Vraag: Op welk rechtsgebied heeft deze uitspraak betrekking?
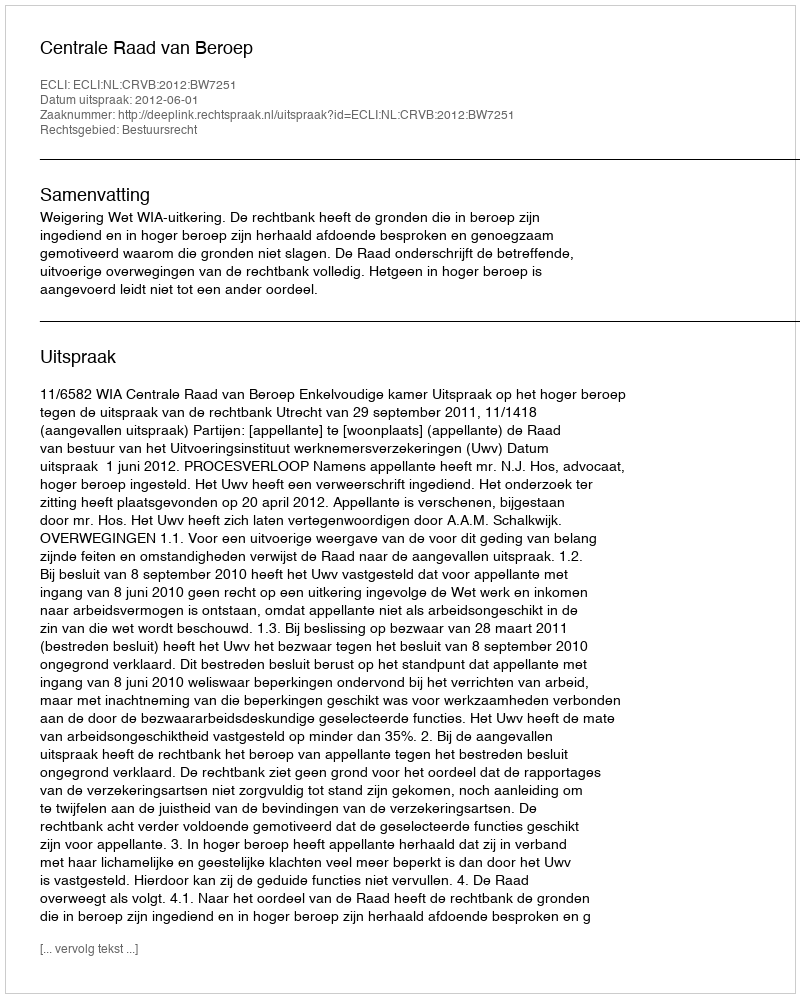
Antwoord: Bestuursrecht